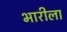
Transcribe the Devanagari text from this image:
भारीला